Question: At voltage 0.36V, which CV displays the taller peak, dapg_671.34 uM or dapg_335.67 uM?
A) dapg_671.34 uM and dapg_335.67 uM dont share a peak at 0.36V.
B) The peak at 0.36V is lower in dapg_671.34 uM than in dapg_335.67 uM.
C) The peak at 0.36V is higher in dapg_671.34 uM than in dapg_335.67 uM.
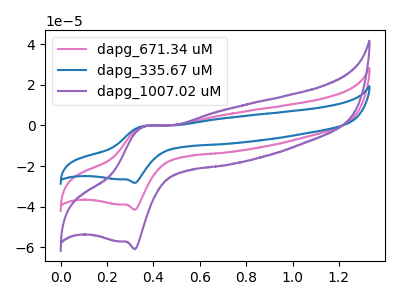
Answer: <think>The pink curve "dapg_671.34 uM" has an anodic peak at (0.35V, -0.40uA) and a cathodic peak at (0.30V, -41.55uA). The blue curve "dapg_335.67 uM" has an anodic peak at (0.35V, -0.30uA) and a cathodic peak at (0.30V, -28.30uA). The purple curve "dapg_1007.02 uM" has an anodic peak at (0.35V, -0.85uA) and a cathodic peak at (0.30V, -83.10uA).</think>
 <answer>B) The peak at 0.36V is lower in "dapg_671.34 uM" than in "dapg_335.67 uM".</answer>
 <eval>B</eval>